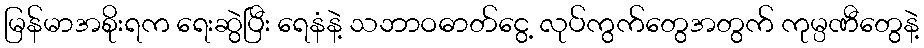
မြန်မာအစိုးရက ရေးဆွဲပြီး ရေနံနဲ့ သဘာဝဓာတ်ငွေ့ လုပ်ကွက်တွေအတွက် ကုမ္ပဏီတွေနဲ့